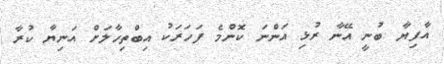
އާފިިޔާ ބުނީ އޭނާ ރުޅި އަންނަ ކޮންމެ ފަހަރަކު އިބްތިހާލަށް އަނިޔާ ކުރާ